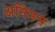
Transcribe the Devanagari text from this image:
अनिमस